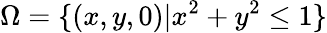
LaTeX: \Omega=\{ (x,y,0)|x^{2}+y^{2}\leq 1\}